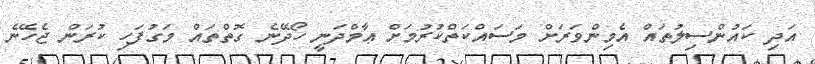
އަދި ކައުންސިލުތައް އެމިންވަރަށް މަސައްކަތްކުރުމަށް ޢާމްދަނީ ހޯދޭނެ ގޮތްތައް މަގުފަހި ކުރަން ޖެހޭނެ